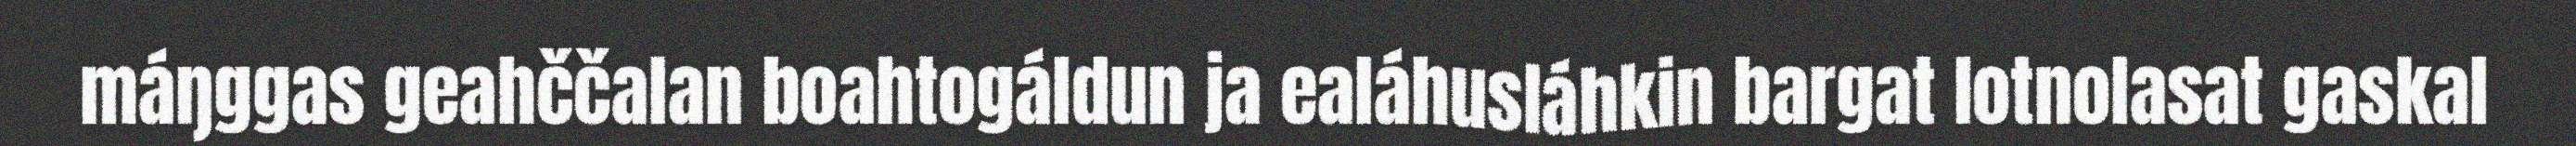
máŋggas geahččalan boahtogáldun ja ealáhusláhkin bargat lotnolasat gaskal